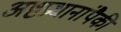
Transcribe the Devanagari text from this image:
अष्टप्रधानांपैकी